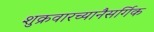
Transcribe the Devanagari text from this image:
शुक्रवारच्यानैसर्गिक